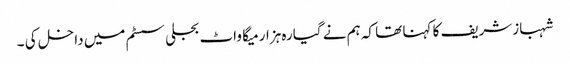
شہبازشریف کا کہنا تھا کہ ہم نے گیارہ ہزار میگا واٹ بجلی سسٹم میں داخل کی ۔